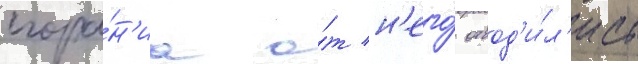
сгора́н'иа о́т н'его́ отвод'и́л'ись